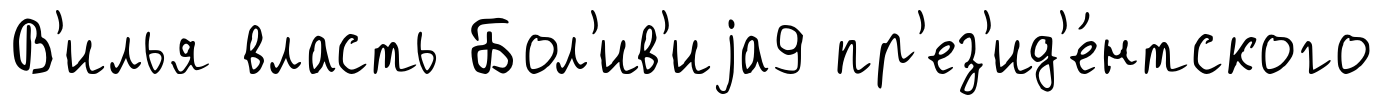
В'илья власть Бол'ив'иjа9 пр'ез'ид'е́нтского